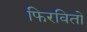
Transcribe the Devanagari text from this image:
फिरवितो